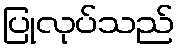
ပြုလုပ်သည်